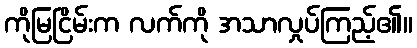
ကိုမြငြိမ်းက လက်ကို အသာလှုပ်ကြည့်၏။